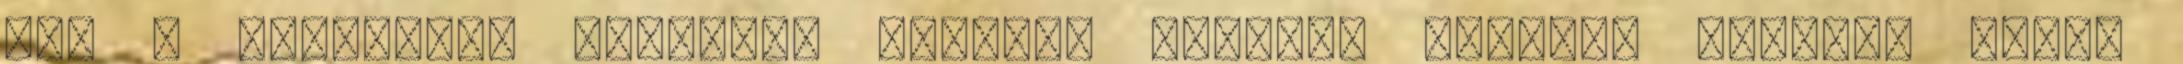
Így a jelenlegi együttes tagjai: Hegedűs Zoltán, Hegedűs Máté,